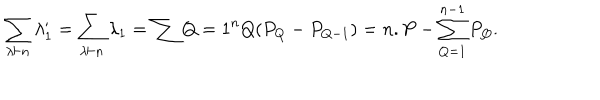
\sum _ { \lambda \vdash n } \lambda _ { 1 } ^ { \prime } = \sum _ { \lambda \vdash n } \lambda _ { 1 } = \sum { Q = 1 } ^ { n } Q ( P _ { Q } - P _ { Q - 1 } ) = n . P - \sum _ { Q = 1 } ^ { n - 1 } P _ { Q } { } .